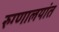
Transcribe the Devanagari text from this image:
रुग्णालयांत